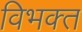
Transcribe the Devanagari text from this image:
विभक्‍त